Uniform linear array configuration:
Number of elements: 12
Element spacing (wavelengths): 1
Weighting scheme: uniform
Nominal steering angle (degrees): -45
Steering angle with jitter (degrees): -46.396
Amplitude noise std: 0.05
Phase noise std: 0.05

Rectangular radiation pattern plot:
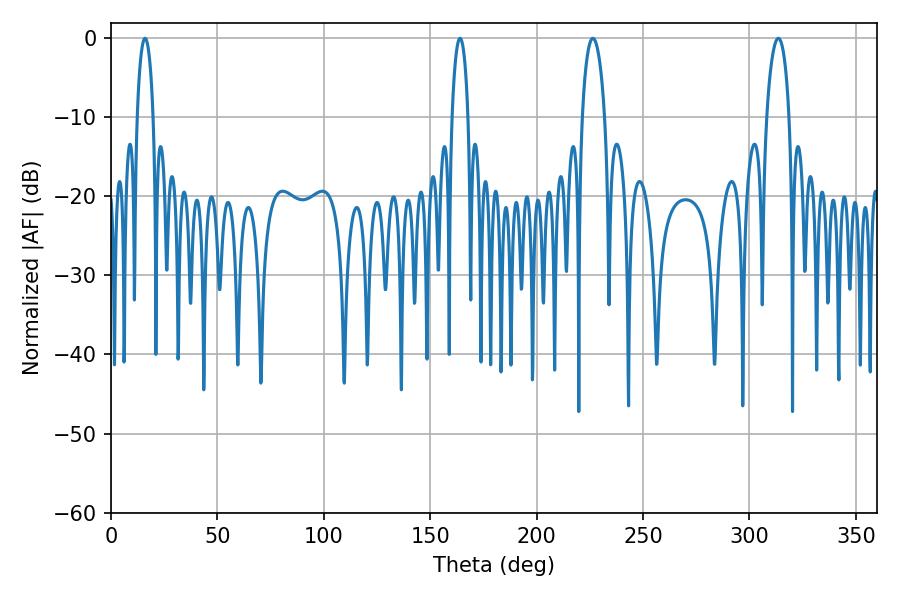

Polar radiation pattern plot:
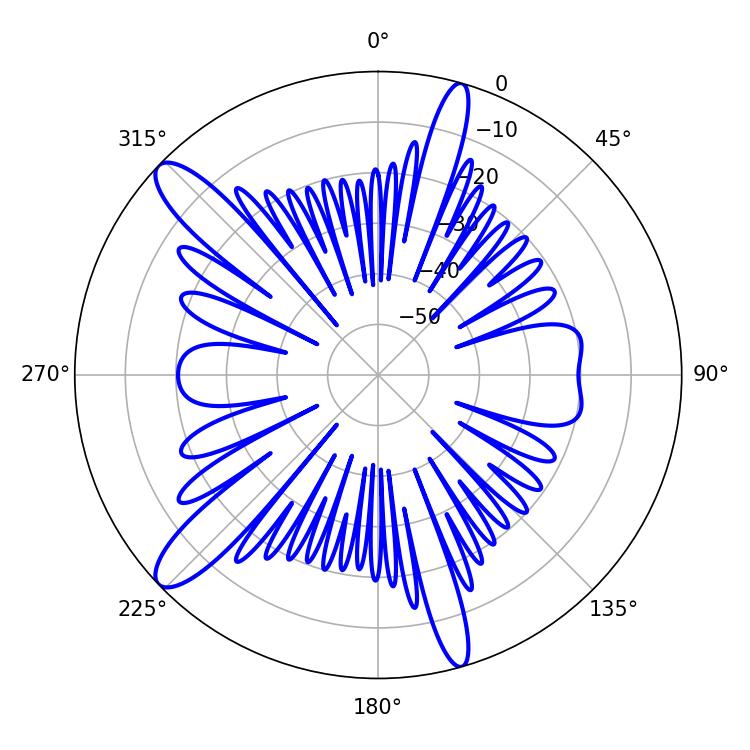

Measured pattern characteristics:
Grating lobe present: TRUE
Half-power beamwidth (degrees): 5.94
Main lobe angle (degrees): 226.44